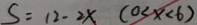
S = 1 2 - 2 x ( 0 < x < 6 )